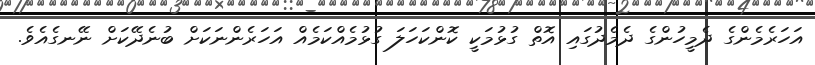
އަހަރެމެންގެ ދެމީހުންގެ ދެމެދުގައި އޮތް ގުޅުމަކީ ކޮންކަހަލަ ގުޅުމެއްކަމެއް އަހަރެންނަކަށް ބުނެދޭކަށް ނޭނގެއެވެ.